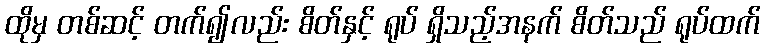
ထိုမှ တစ်ဆင့် တက်၍လည်း စိတ်နှင့် ရုပ် ရှိသည့်အနက် စိတ်သည် ရုပ်ထက်